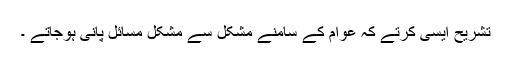
تشریح ایسی کرتے کہ عوام کے سامنے مشکل سے مشکل مسائل پانی ہوجاتے ۔